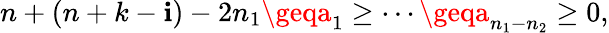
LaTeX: n+(n+k-\mathbf{i})-2n_{1}\geqa_{1}\geq\cdots\geqa_{n_{1}-n_{2}}\geq0,